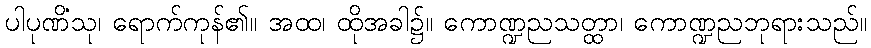
ပါပုဏိံသု၊ ရောက်ကုန်၏။ အထ၊ ထိုအခါ၌။ ကောဏ္ဍညသတ္ထာ၊ ကောဏ္ဍညဘုရားသည်။